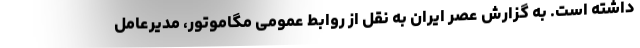
داشته است. به گزارش عصر ایران به نقل از روابط عمومی مگاموتور، مدیرعامل